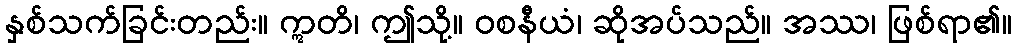
နှစ်သက်ခြင်းတည်း။ ဣတိ၊ ဤသို့။ ဝစနီယံ၊ ဆိုအပ်သည်။ အဿ၊ ဖြစ်ရာ၏။